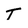
Character: T